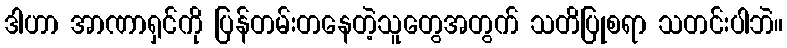
ဒါဟာ အာဏာရှင်ကို ပြန်တမ်းတနေတဲ့သူတွေအတွက် သတိပြုစရာ သတင်းပါဘဲ။